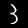
Label: 3